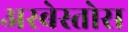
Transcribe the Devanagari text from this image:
अस्बेस्तोस